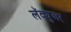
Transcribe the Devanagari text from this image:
लॅक्युअर